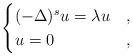
LaTeX: \begin{align*}\begin{cases}(-\Delta)^s u = \lambda u & , \\u = 0 & ,\end{cases}\end{align*}